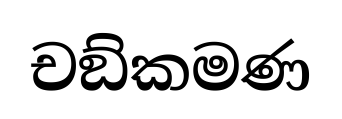
චඞ්කමණ